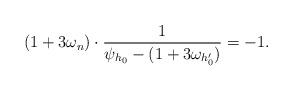
LaTeX: \begin{align*}(1+3\omega_n) \cdot \frac{1}{\psi_{h_0}-(1+3\omega_{h'_0})} =-1.\end{align*}